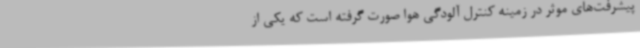
پیشرفت‌های موثر در زمینه کنترل آلودگی هوا صورت گرفته است که یکی از